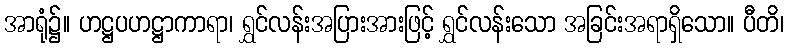
အာရုံ၌။ ဟဋ္ဌပဟဋ္ဌာကာရာ၊ ရွှင်လန်းအပြားအားဖြင့် ရွှင်လန်းသော အခြင်းအရာရှိသော။ ပီတိ၊